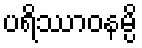
ပရိဿာဝနမ္ပိ